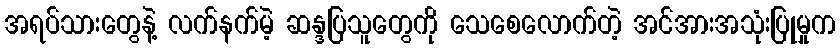
အရပ်သားတွေနဲ့ လက်နက်မဲ့ ဆန္ဒပြသူတွေကို သေစေလောက်တဲ့ အင်အားအသုံးပြုမှုက